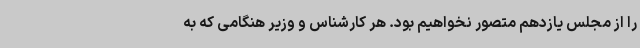
را از مجلس یازدهم متصور نخواهیم بود. هر کارشناس و وزیر هنگامی که به